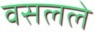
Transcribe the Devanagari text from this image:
वसलले